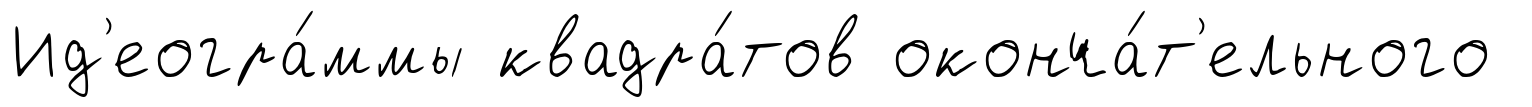
Ид'еогра́ммы квадра́тов оконча́т'ельного